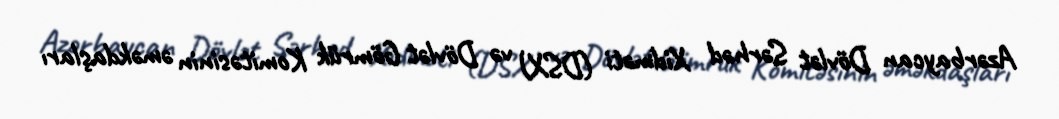
Azərbaycan Dövlət Sərhəd Xidməti (DSX) və Dövlət Gömrük Komitəsinin əməkdaşları